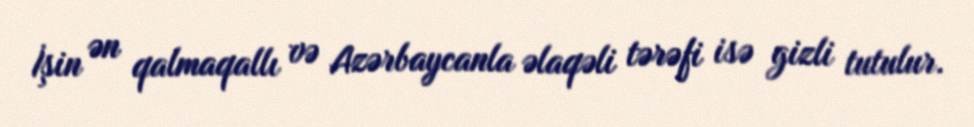
İşin ən qalmaqallı və Azərbaycanla əlaqəli tərəfi isə gizli tutulur.